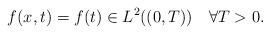
LaTeX: \begin{align*}f(x, t)=f(t)\in L^2((0, T))\quad\forall T>0.\end{align*}